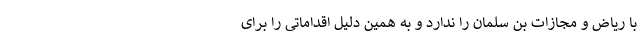
با ریاض و مجازات بن سلمان را ندارد و به همین دلیل اقداماتی را برای